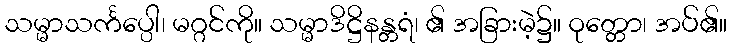
သမ္မာသင်္ကပ္ပေါ၊ မဂ္ဂင်ကို။ သမ္မာဒိဋ္ဌိနန္တရံ၊ ၏ အခြားမဲ့၌။ ဝုတ္တော၊ အပ်၏။